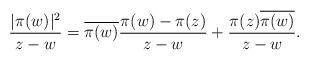
LaTeX: \begin{align*}\frac{|\pi(w)|^2}{z-w}=\overline{\pi(w)}\frac{\pi(w)-\pi(z)}{z-w} + \frac{\pi(z)\overline{\pi(w)}}{z-w}.\end{align*}